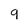
Character: 9